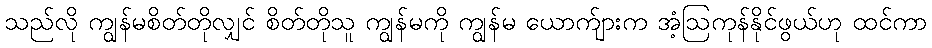
သည်လို ကျွန်မစိတ်တိုလျှင် စိတ်တိုသူ ကျွန်မကို ကျွန်မ ယောက်ျားက အံ့ဩကုန်နိုင်ဖွယ်ဟု ထင်ကာ